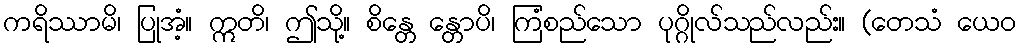
ကရိဿာမိ၊ ပြုအံ့။ ဣတိ၊ ဤသို့။ စိန္တေ န္တောပိ၊ ကြံစည်သော ပုဂ္ဂိုလ်သည်လည်း။ (တေသံ ယေဝ